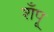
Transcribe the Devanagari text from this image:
शँपू